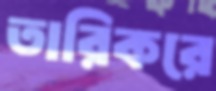
তারিকরে